Vaccination North-Western Provinces 1866-1877 - 1866-1877
Year: 1866
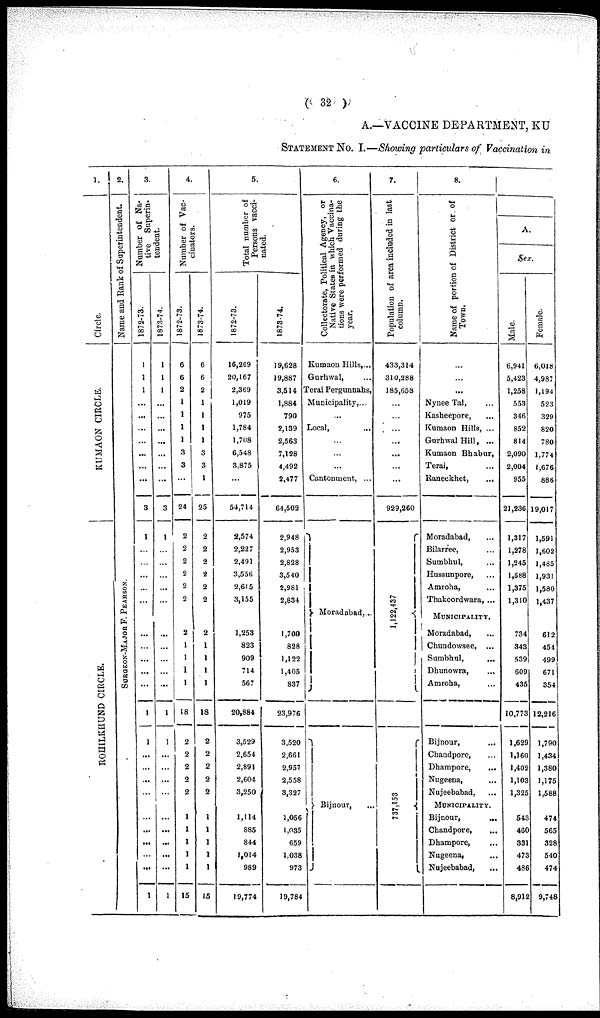
( 32 )
A.—VACCINE DEPARTMENT, KU
STATEMENT No. I.—Showing particulars of Vaccination in
1.
Circle.
KUMAON CIRCLE.
ROHILKHUND CIRCLE.
2.
Name and Rank of Superintendent.
SURGEON-MAJOR F. P EARS ON.
3.
Number of Na-
tive Superin-
tendent.
1872-73.
1
1
1
...
...
...
...
...
...
...
3
1
...
...
...
...
...
...
...
...
...
...
1
1
...
...
...
...
... ...
...
...
...
1
1873-74.
1
1
1
...
...
...
...
...
...
...
3
1
...
...
...
...
...
...
...
...
...
...
1
1
...
...
...
...
...
...
...
...
...
1
4.
Number of Vac-
cinators.
1872-73.
6
6
2
1
1
1
1
3
3
...
24
2
2
2
2
2
2
2
1
1
1
1
18
2
2
2
2
2
1
1
1
1
1
15
1873-74.
6
6
2
1
1
1
1
3
3
1
25
2
2
2
2
2
2
2
1
1
1
1
18
2
2
2
2
2
1
1
1
1
1
15
5.
Total number of
Persons vacci-
nated.
1872-73.
16,269
20,167
2,369
1,019
975
1,784
1,708
6,548
3,875
...
54,714
2,574
2,227
2,491
3,556
2,615
3,155
1,253
823
909
714
567
20,884
3,529
2,654
2,891
2,604
3,250
1,114
885
844
1,014
989
19,774
1873-74.
19,628
19,887
3,514
1,884
790
2,139
2,563
7,128
4,492
2,477
64,502
2,948
2,953
2,828
3,540
2,981
2,834
1,700
828
1,122
1,405
837
23,976
3,520
2,661
2,957
2,558
8,327
1,056
1,035
659
1,038
973
19,784
6.
Collectorate, Political Agency, or
Native States in which Vaccina-
tions were performed during the
year.
Kumaon Hills,...
Gurhwal, ...
Terai Pergunnahs,
Municipality,...
...
Local, ...
...
...
...
Cantonment, ...
Moradabad,...
Bijnour, ...
7.
Population of area included in last.
column.
433,314
310,288
185,658
...
...
...
...
...
...
...
929,260
1,122,437
737,153
8.
Name of portion of District or of
Town.
...
...
...
Nynee Tal, ...
Kasheepore, ...
Kumaon Hills, ...
Gurhwal Hill, ...
Kumaon Bhabur,
Terai, ...
Raneekhet, ...
Moradabad, ...
Bilarree, ...
Sumbhul,...
Hussunpore, ...
Amroha, ...
Thakoordwara, ...
Municipality.
Moradabad, ...
Chundowsee, ...
Sumbhul,
...
Dhunowra, ...
Amroha, ...
Bijnour,
...
Chandpore, ...
Dhampore,
...
Nugeena, ...
Nujeebabad, ...
Municipality.
Bijnour,
...
Chandpore, ...
Dhampore, ...
Nugeena, ...
Nujeebabad, ...
A.
Sex.
Male.
6,941
5,423
1,258
553
346
852
814
2,090
2,004
955
21,236
1,317
1,278
1,245
1,588
1,375
1,310
734
343
539
609
435
10,773
1,629
1,160
1,402
1,103
1,325
543
460
331
473
486
8,912
Female.
6,048
4,987
1,194
523
329
820
780
1,774
1,676
886
19,017
1,591
1,602
1,485
1,931
1,580
1,437
612
454
499
671
354
12,216
1,790
1,434
1,380
1,175
1,588
474
565
328
540
474
9,748